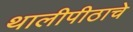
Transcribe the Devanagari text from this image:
थालीपीठाचे